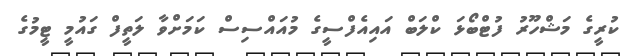
ކުރީގެ މަޝްހޫރު ފުޓްބޯޅަ ކްލަބް އައިއެފްސީގެ މުއައްސިސް ކަމަށްވާ ލަތީފް ގައުމީ ޓީމުގެ